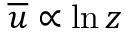
\overline { { u } } \propto \ln z